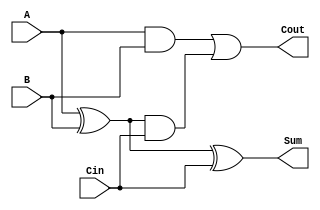
module TreeStructuredFullAdder (
    input wire A,      // First input bit
    input wire B,      // Second input bit
    input wire Cin,    // Carry-in bit
    output wire Sum,   // Output sum bit
    output wire Cout   // Output carry-out bit
);

    // Intermediate signals for tree structure
    wire S1;          // Intermediate sum from A and B
    wire C1;          // Intermediate carry from A and B
    wire C2;          // Intermediate carry from S1 and Cin

    // Level 1: Calculate S1 and C1
    assign S1 = A ^ B;       // First XOR gate for intermediate sum
    assign C1 = A & B;       // First AND gate for intermediate carry

    // Level 2: Calculate final Sum and intermediate carry C2
    assign Sum = S1 ^ Cin;   // Second XOR gate for final sum
    assign C2 = S1 & Cin;    // Second AND gate for intermediate carry

    // Final stage: Calculate Cout
    assign Cout = C1 | C2;   // OR gate for final carry-out

endmodule